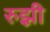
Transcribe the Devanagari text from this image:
रुझ़ी